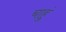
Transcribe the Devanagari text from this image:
चाहुं